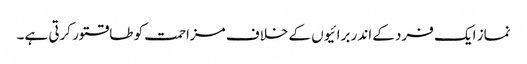
نماز ایک فرد کے اندر برائیوں کے خلاف مزاحمت کو طاقتور کرتی ہے۔